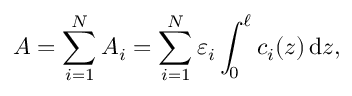
A = \sum _ { i = 1 } ^ { N } A _ { i } = \sum _ { i = 1 } ^ { N } \varepsilon _ { i } \int _ { 0 } ^ { \ell } c _ { i } ( z ) \, \mathrm { d } z ,